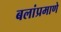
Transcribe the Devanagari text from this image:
बलांप्रमाणे